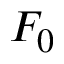
F _ { 0 }